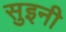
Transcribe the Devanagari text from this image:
सुइनी